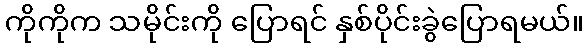
ကိုကိုက သမိုင်းကို ပြောရင် နှစ်ပိုင်းခွဲပြောရမယ်။